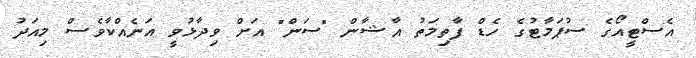
އެސްޓީއޯގެ ސުޕަމާޓުގެ ހެޑް ފާތިމަތު އާޝާން "ސަން" އަށް ވިދާޅުވީ އަނެއްކާވެސް މިއަދު